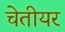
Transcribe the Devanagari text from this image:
चेतीयर